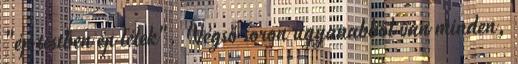
"ép testben ép lélek". Végső soron ugyanabból van minden,